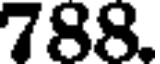
788.